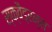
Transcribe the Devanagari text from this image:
स्क्वैड्रन्स